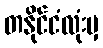
တနိုင်ငံလုံးမှ